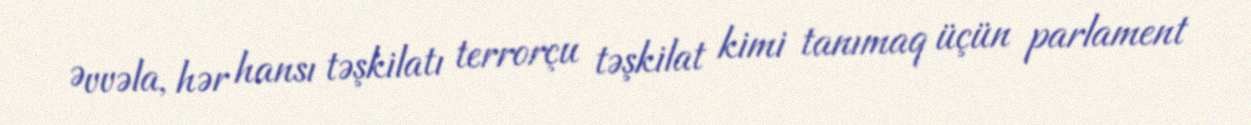
Əvvəla, hər hansı təşkilatı terrorçu təşkilat kimi tanımaq üçün parlament